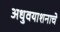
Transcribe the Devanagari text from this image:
अधुवयाशनाचे